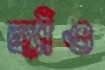
হ্যাঁও